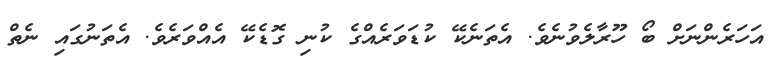
އަހަރެންނަށް ބޯ ހޫރާލެވުނެވެ. އެތަނެކޭ ކުޑަވަރެއްގެ ކުނި ގޮޑެކޭ އެއްވަރެވެ. އެތަނުގައި ނެތް